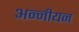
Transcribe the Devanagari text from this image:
अन्नीयन